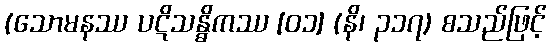
(သောမနဿ ပဋိသန္ဓိကဿ [၀၁] (နိ၊ ၃၁၇) စသည်ဖြင့်